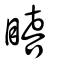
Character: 瞦